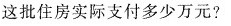
这批住房实际支付多少万元?